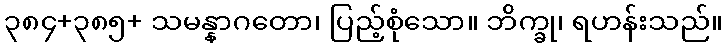
၃၈၄+၃၈၅+ သမန္နာဂတော၊ ပြည့်စုံသော။ ဘိက္ခု၊ ရဟန်းသည်။